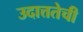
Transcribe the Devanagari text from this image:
उदात्ततेची